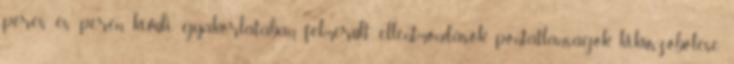
peres és peren kívüli gyakorlatában felmerült ellentmondások, pontatlanságok kiküszöbölése